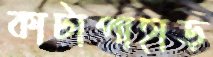
কাটাপাহাড়